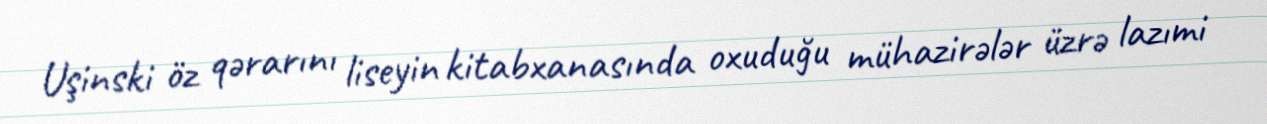
Uşinski öz qərarını liseyin kitabxanasında oxuduğu mühazirələr üzrə lazımi